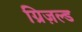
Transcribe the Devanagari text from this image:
ग्रिज़ल्ड